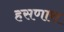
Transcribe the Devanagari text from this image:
हसणारा